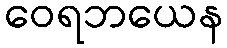
ဝေရဘယေန